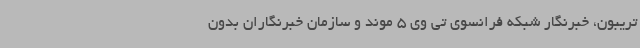
تریبون، خبرنگار شبکه فرانسوی تی وی 5 موند و سازمان خبرنگاران بدون